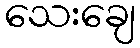
သေးချေ